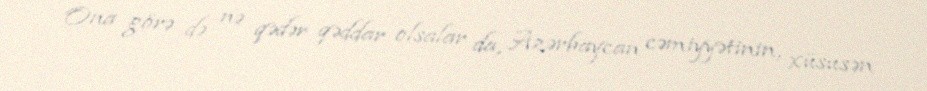
Ona görə də nə qədər qəddar olsalar da, Azərbaycan cəmiyyətinin, xüsusən